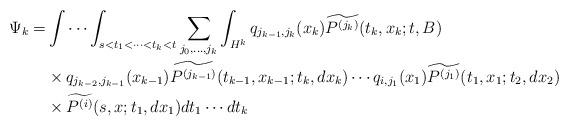
LaTeX: \begin{align*}\Psi_k =& \int\cdots\int_{s<t_1<\cdots<t_k<t} \sum_{j_0,\dots,j_k}\int_{H^k} q_{j_{k-1},j_{k}}(x_k)\widetilde{P^{(j_k)}}(t_k,x_k;t,B) \\&\times q_{j_{k-2},j_{k-1}}(x_{k-1})\widetilde{P^{(j_{k-1})}}(t_{k-1},x_{k-1};t_{k},dx_{k})\cdots q_{i,j_{1}}(x_{1})\widetilde{P^{(j_1)}}(t_{1},x_{1};t_{2},dx_{2}) \\&\times \widetilde{P^{(i)}}(s,x;t_1,dx_1)dt_1\cdots dt_k\end{align*}